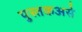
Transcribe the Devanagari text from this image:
पुस्तकअसे